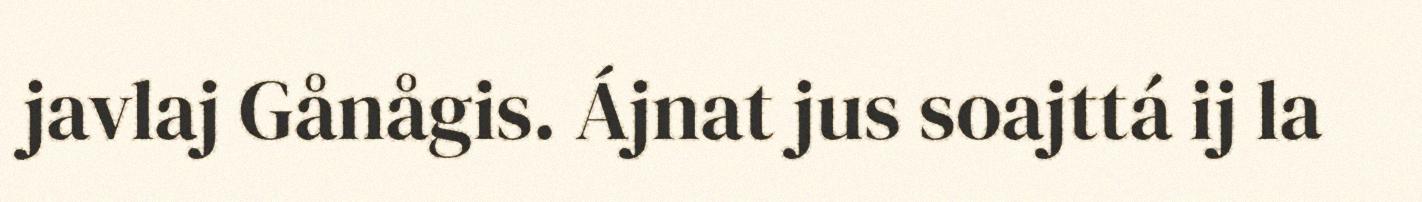
javlaj Gånågis. Ájnat jus soajttá ij la